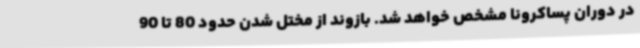
در دوران پساکرونا مشخص خواهد شد. بازوند از مختل شدن حدود 80 تا 90